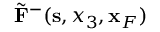
\tilde { \bf F } ^ { - } ( { \bf s } , x _ { 3 } , { \bf x } _ { F } )